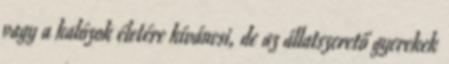
vagy a kalózok életére kíváncsi, de az állatszerető gyerekek